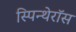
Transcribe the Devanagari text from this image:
स्पिन्थेरॉस